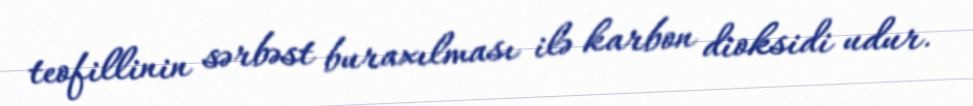
teofillinin sərbəst buraxılması ilə karbon dioksidi udur.